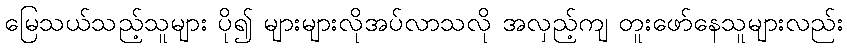
မြေသယ်သည့်သူများ ပို၍ များများလိုအပ်လာသလို အလှည့်ကျ တူးဖော်နေသူများလည်း